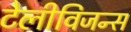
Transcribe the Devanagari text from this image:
टेलीविजन्स